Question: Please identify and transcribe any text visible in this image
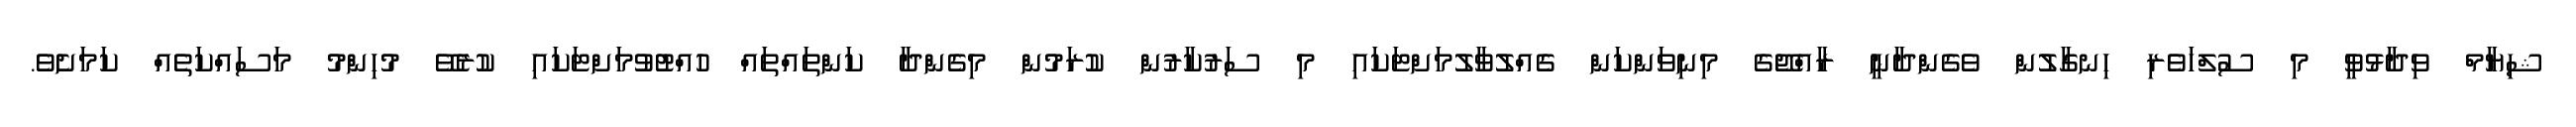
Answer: ޝިޔާމް ވިދާޅުވީ މި ސުލްހަވެރި ހިނގާލުން ވެގެންދާނީ ރާއްޖޭގެ މިނިވަންކަން ގެއްލުވާލުމަށްޓަކައި މި ސަރުކާރުން ކުރަމުން މިގެންދާ ކަންތައްތައް ހުއްޓުވުމަށްޓަކައި ކުރެވޭ މުހިންމު މަސައްކަތެއް ކަމަށެވެ.